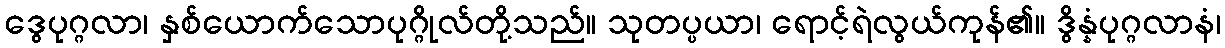
ဒွေပုဂ္ဂလာ၊ နှစ်ယောက်သောပုဂ္ဂိုလ်တို့သည်။ သုတပ္ပယာ၊ ရောင့်ရဲလွယ်ကုန်၏။ ဒွိန္နံပုဂ္ဂလာနံ၊